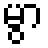
မွာ